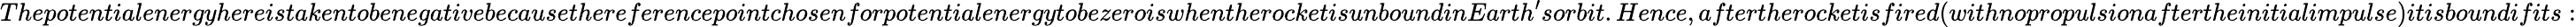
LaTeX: ThepotentialenergyhereistakentobenegativebecausethereferencepointchosenforpotentialenergytobezeroiswhentherocketisunboundinEarth^{\prime}sorbit.Hence,aftertherocketisfired(withnopropulsionaftertheinitialimpulse)itisboundifits: